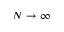
N \rightarrow \infty